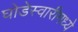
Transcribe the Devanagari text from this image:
घोडेस्वारीमध्ये